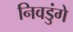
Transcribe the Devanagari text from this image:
निवडुंगे